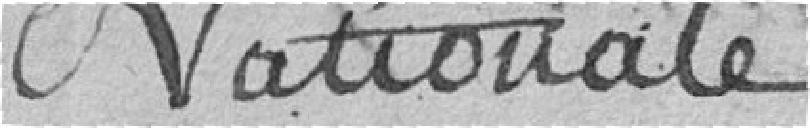
Nationale